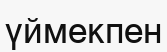
үймекпен